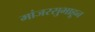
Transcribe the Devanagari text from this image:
मांजरसुभाहून